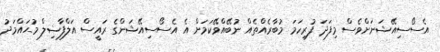
އެސޯސިއޭޝަނަށްވެސް މިފަދަ ފުރިހަމަ މުބާރެއްތެއް ނުބޭއްވޭކަމަށް އެ އެސޯސިއޭޝަންގެ ރައީސް އަލްފާޟިލް މުޙައްމަދު